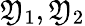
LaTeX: \mathfrak{Y}_{1},\mathfrak{Y}_{2}